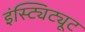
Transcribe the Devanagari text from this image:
इंस्ट्यिट्यूट